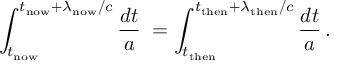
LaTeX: \int _ { t _ { \mathrm { n o w } } } ^ { t _ { \mathrm { n o w } } + \lambda _ { \mathrm { n o w } } / c } { \frac { d t } { a } } \; = \int _ { t _ { \mathrm { t h e n } } } ^ { t _ { \mathrm { t h e n } } + \lambda _ { \mathrm { t h e n } } / c } { \frac { d t } { a } } \, .